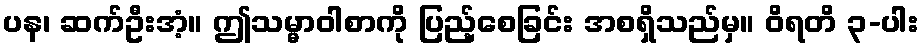
ပန၊ ဆက်ဦးအံ့။ ဤသမ္မာဝါစာကို ပြည့်စေခြင်း အစရှိသည်မှ။ ဝိရတိ ၃-ပါး